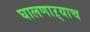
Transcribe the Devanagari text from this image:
घालणाऱ्याच